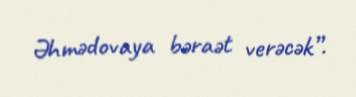
Əhmədovaya bəraət verəcək”.